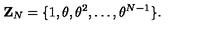
{ \mathbf Z } _ { N } = \{ 1 , \theta , { \theta } ^ { 2 } , \dots , { \theta } ^ { N - 1 } \} .